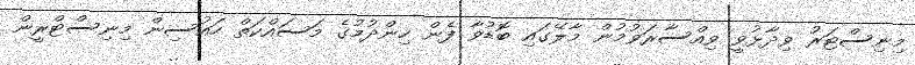
މިނިސްޓަރު ވިދާޅުވީ ވިއްސާރަވުމުން މާލޭގައި ބޮޑުވާ ފެން ހިންދުމުގެ މަސައްކަތް ހައުސިން މިނިސްޓްރީން